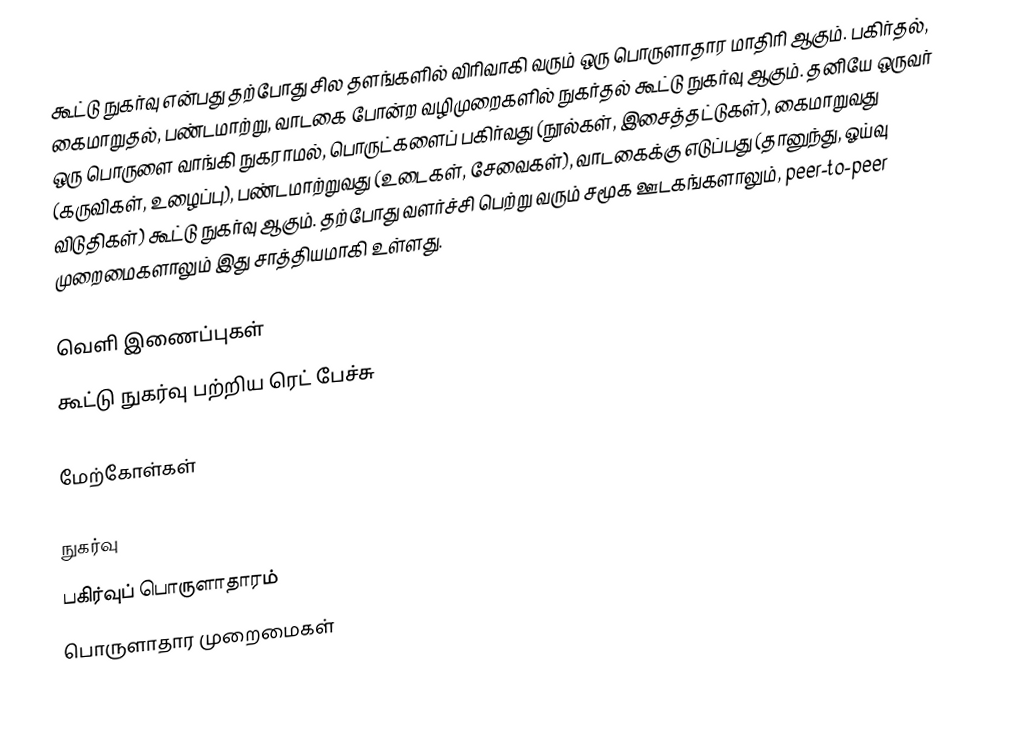
கூட்டு நுகர்வு என்பது தற்போது சில தளங்களில் விரிவாகி வரும் ஒரு பொருளாதார மாதிரி ஆகும்.  பகிர்தல், கைமாறுதல், பண்டமாற்று, வாடகை போன்ற வழிமுறைகளில் நுகர்தல் கூட்டு நுகர்வு ஆகும்.  தனியே ஒருவர் ஒரு பொருளை வாங்கி நுகராமல், பொருட்களைப் பகிர்வது (நூல்கள், இசைத்தட்டுகள்), கைமாறுவது (கருவிகள், உழைப்பு), பண்டமாற்றுவது (உடைகள், சேவைகள்), வாடகைக்கு எடுப்பது (தானுந்து, ஓய்வு விடுதிகள்) கூட்டு நுகர்வு ஆகும். தற்போது வளர்ச்சி பெற்று வரும் சமூக ஊடகங்களாலும், peer-to-peer முறைமைகளாலும் இது சாத்தியமாகி உள்ளது.

வெளி இணைப்புகள்
 கூட்டு நுகர்வு பற்றிய ரெட் பேச்சு

மேற்கோள்கள்

நுகர்வு
பகிர்வுப் பொருளாதாரம்
பொருளாதார முறைமைகள்